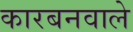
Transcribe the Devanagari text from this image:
कारबनवाले